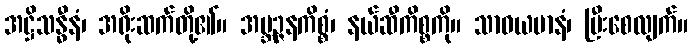
အဋ္ဌိသန္ဓီနံ၊ အရိုးဆက်တို့၏။ အဗ္ဘဉ္ဇနကိစ္စံ၊ နယ်ဆီကိစ္စကို။ သာဓယမာနံ၊ ပြီးစေလျက်။